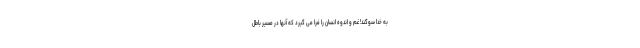
به خدا سوگند! غم و اندوه انسان را فرا می گیرد که آنها در مسیر باطل